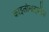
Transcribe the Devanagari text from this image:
काइलोमाइक्रोंस